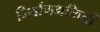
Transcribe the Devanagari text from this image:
निर्वाणभक्तियों